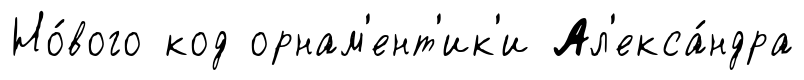
Но́вого код орнам'ент'ик'и Ал'екса́ндра